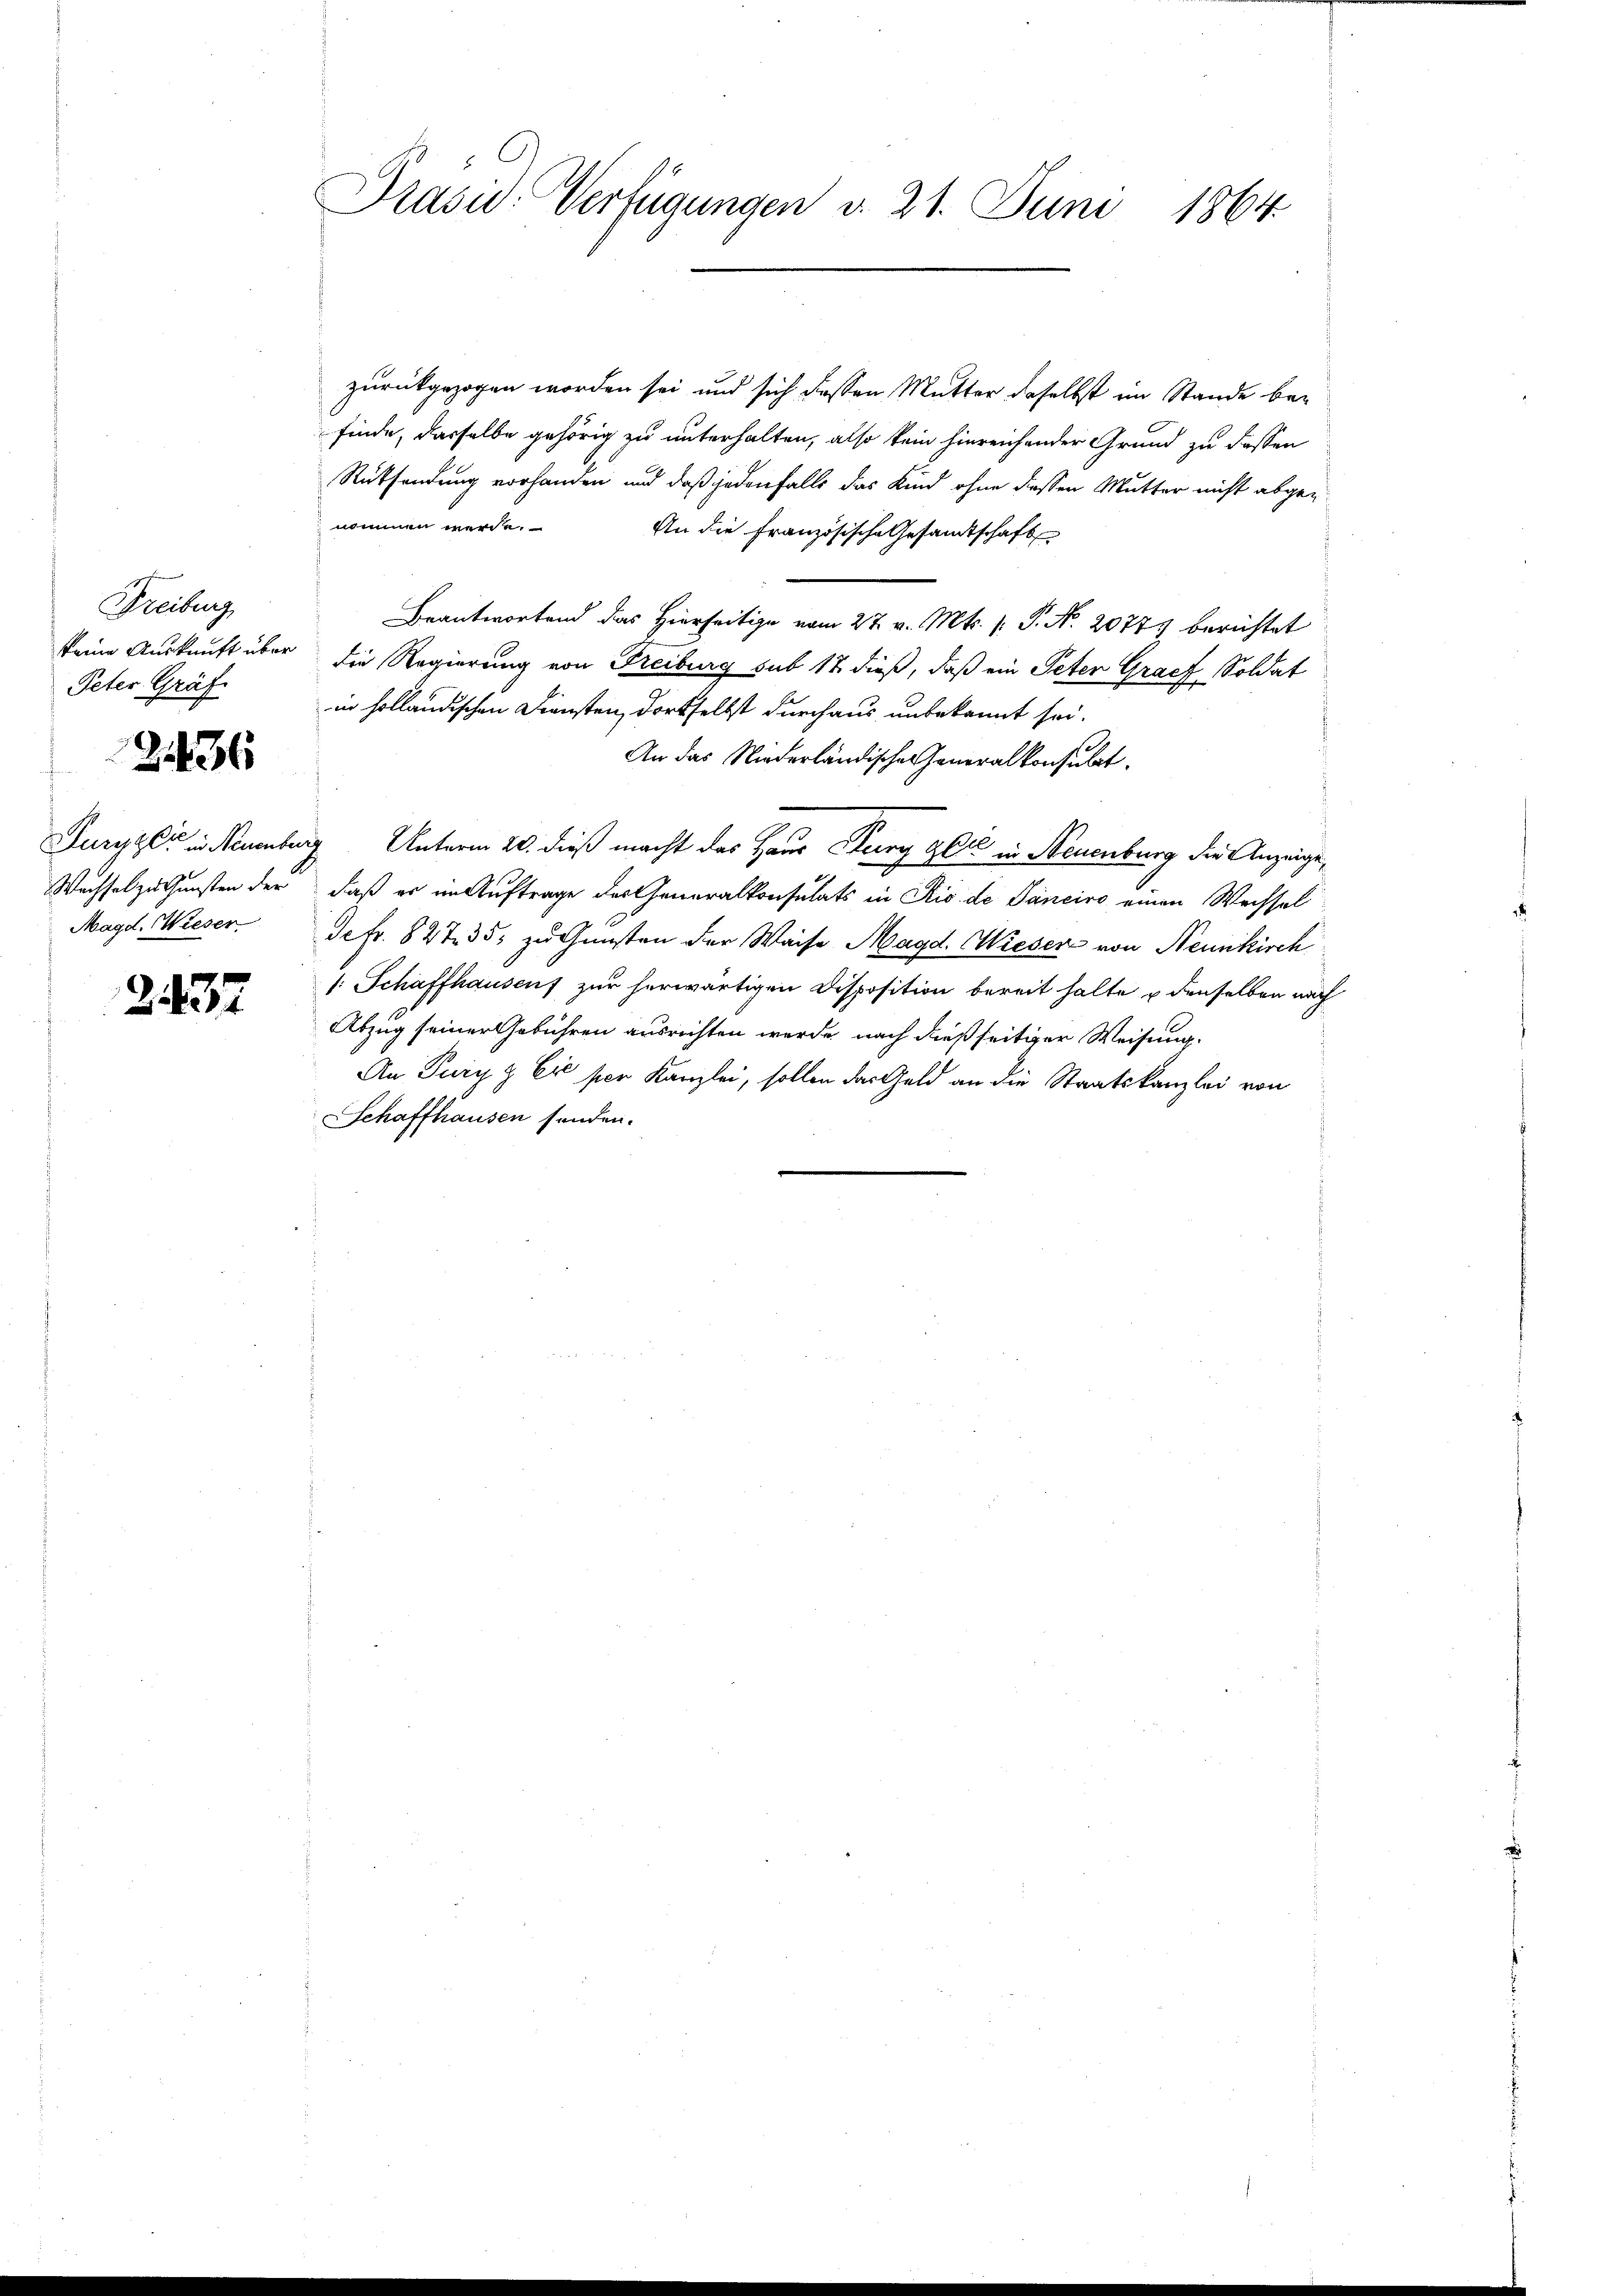
Freiburg
Peter Gräf
2136
Furgger in Neuenber
Wechsel zu Gunsten der
Magd. Wieser

2437

Prasis. Verfügungen d. 21. Juni 1864.

zurückgezogen worden sei und sich dessen Mutter daselbst im Stande befinde, dasselbe gehörig zu unterhalten, also kein hinreichender Grund zu dassen
Rücksendung vorhanden und daß jedenfalls das Kind ohne dessen Mutter nicht abgenommen werde.
An die Französische Gesamtschaft
Beantwortend das Hierseitige vom 27. v. Mts. (: P. Nr. 2077 berichtet
keine Auskunft über die Regierung von Freiburg sub 17 dieß, daß ein Peter Graff, Soldat
in holländischen Diensten, dortselbst durchaus unbekannt sei.
An das Niederländische Generalkonsulat
a. Unterm 20. dieß macht das Haus Kurz gere in Neuenburg die Anzeige,
daß er im Auftrage des Generalkonsulats in Rio de Panciro einen Wechsel
defr. 827 35. zu Gunsten der Waise Magd. Wieser von Neunkirch
1: Schaffhausenf zur herwärtigen Disposition bereit halte u denselben nach
Abzug seiner Gebühren ausrichten werde, nach dießseitiger Weisung.
An Pury z Er son Kanzlei, sollen das Geld an die Staatskanzlei von
Schaffhausen senden.